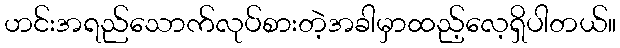
ဟင်းအရည်သောက်လုပ်စားတဲ့အခါမှာထည့်လေ့ရှိပါတယ်။